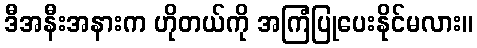
ဒီအနီးအနားက ဟိုတယ်ကို အကြံပြုပေးနိုင်မလား။